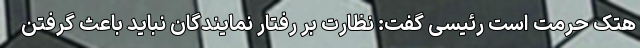
هتک حرمت است رئیسی گفت: نظارت بر رفتار نمایندگان نباید باعث گرفتن